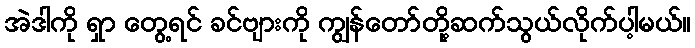
အဲဒါကို ရှာ တွေ့ရင် ခင်ဗျားကို ကျွန်တော်တို့ဆက်သွယ်လိုက်ပါ့မယ်။